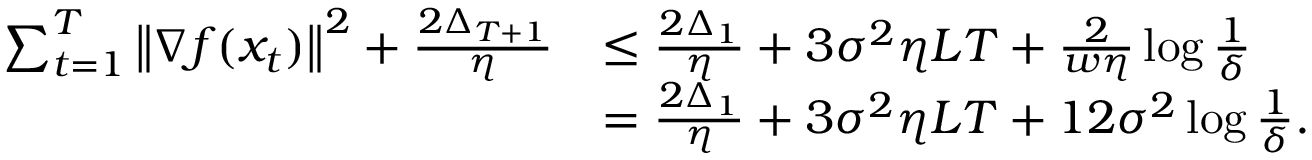
\begin{array} { r l } { \sum _ { t = 1 } ^ { T } \left\Vert \nabla f ( x _ { t } ) \right\Vert ^ { 2 } + \frac { 2 \Delta _ { T + 1 } } { \eta } } & { \leq \frac { 2 \Delta _ { 1 } } { \eta } + 3 \sigma ^ { 2 } \eta L T + \frac { 2 } { w \eta } \log \frac { 1 } { \delta } } \\ & { = \frac { 2 \Delta _ { 1 } } { \eta } + 3 \sigma ^ { 2 } \eta L T + 1 2 \sigma ^ { 2 } \log \frac { 1 } { \delta } . } \end{array}